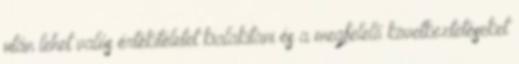
után lehet valós értékítéletet kialakítani és a megfelelő következtetéseket